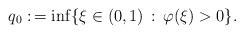
LaTeX: \begin{align*}q_0:\,=\inf\{ \xi\in (0,1) \,:\, \varphi(\xi)>0\}.\end{align*}